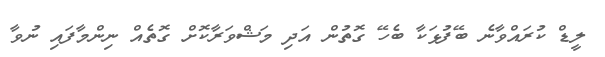
ލީޑް ކުރައްވާނެ ބޭފުޅަކާ ބެހޭ ގޮތުން އަދި މަޝްވަރާކޮށް ގޮތެއް ނިންމާފައި ނުވާ